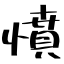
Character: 憤